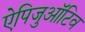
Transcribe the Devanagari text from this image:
ऐपिजुऑटिव